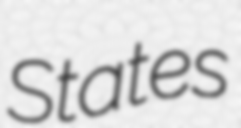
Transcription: States